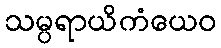
သမ္ပရာယိကံယေဝ